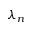
\lambda _ { n }